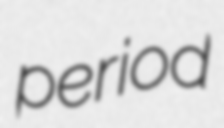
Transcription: period